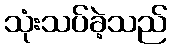
သုံးသပ်ခဲ့သည်